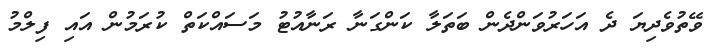
ވޭތުވެދިޔަ ދެ އަހަރުވަންދެން ބަތަލާ ކަންގަނާ ރަނާއުޓު މަސައްކަތް ކުރަމުން އައި ފިލްމު